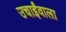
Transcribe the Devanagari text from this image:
उचाईंवाला